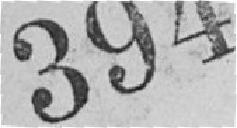
394